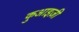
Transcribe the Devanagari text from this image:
कुआइज़ी